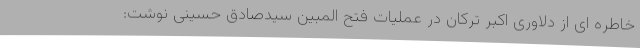
خاطره ای از دلاوری اکبر ترکان در عملیات فتح المبین سیدصادق حسینی نوشت: